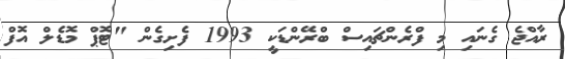
ރާއްޖެ ގެނައި މި ފްރެންޗައިސް ބްރޭންޑަކީ 1993 ފެށިގެން "ޓޮޕް މޮޑެލް އޮފް